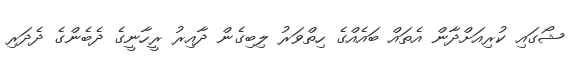
ޝޯގައި ކުރިއަށްދާން އެތައް ބައެއްގެ ހިތްވަރު ލިބިގެން ދާއިރު ރީހާނީގެ ދެބެންގެ ދެދަރި